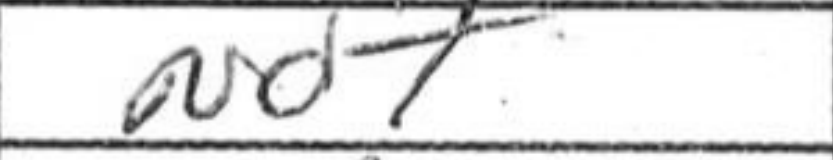
Transcription: Nd7